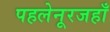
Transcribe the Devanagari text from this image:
पहलेनूरजहाँ